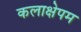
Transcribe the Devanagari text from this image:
कलाक्षेपम